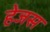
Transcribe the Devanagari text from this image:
हेजस